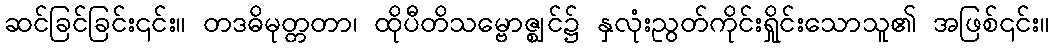
ဆင်ခြင်ခြင်း၎င်း။ တဒဓိမုတ္တတာ၊ ထိုပီတိသမ္ဗောဇ္ဈင်၌ နှလုံးညွတ်ကိုင်းရှိုင်းသောသူ၏ အဖြစ်၎င်း။